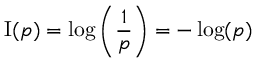
\operatorname { I } ( p ) = \log \left( { \frac { 1 } { p } } \right) = - \log ( p )